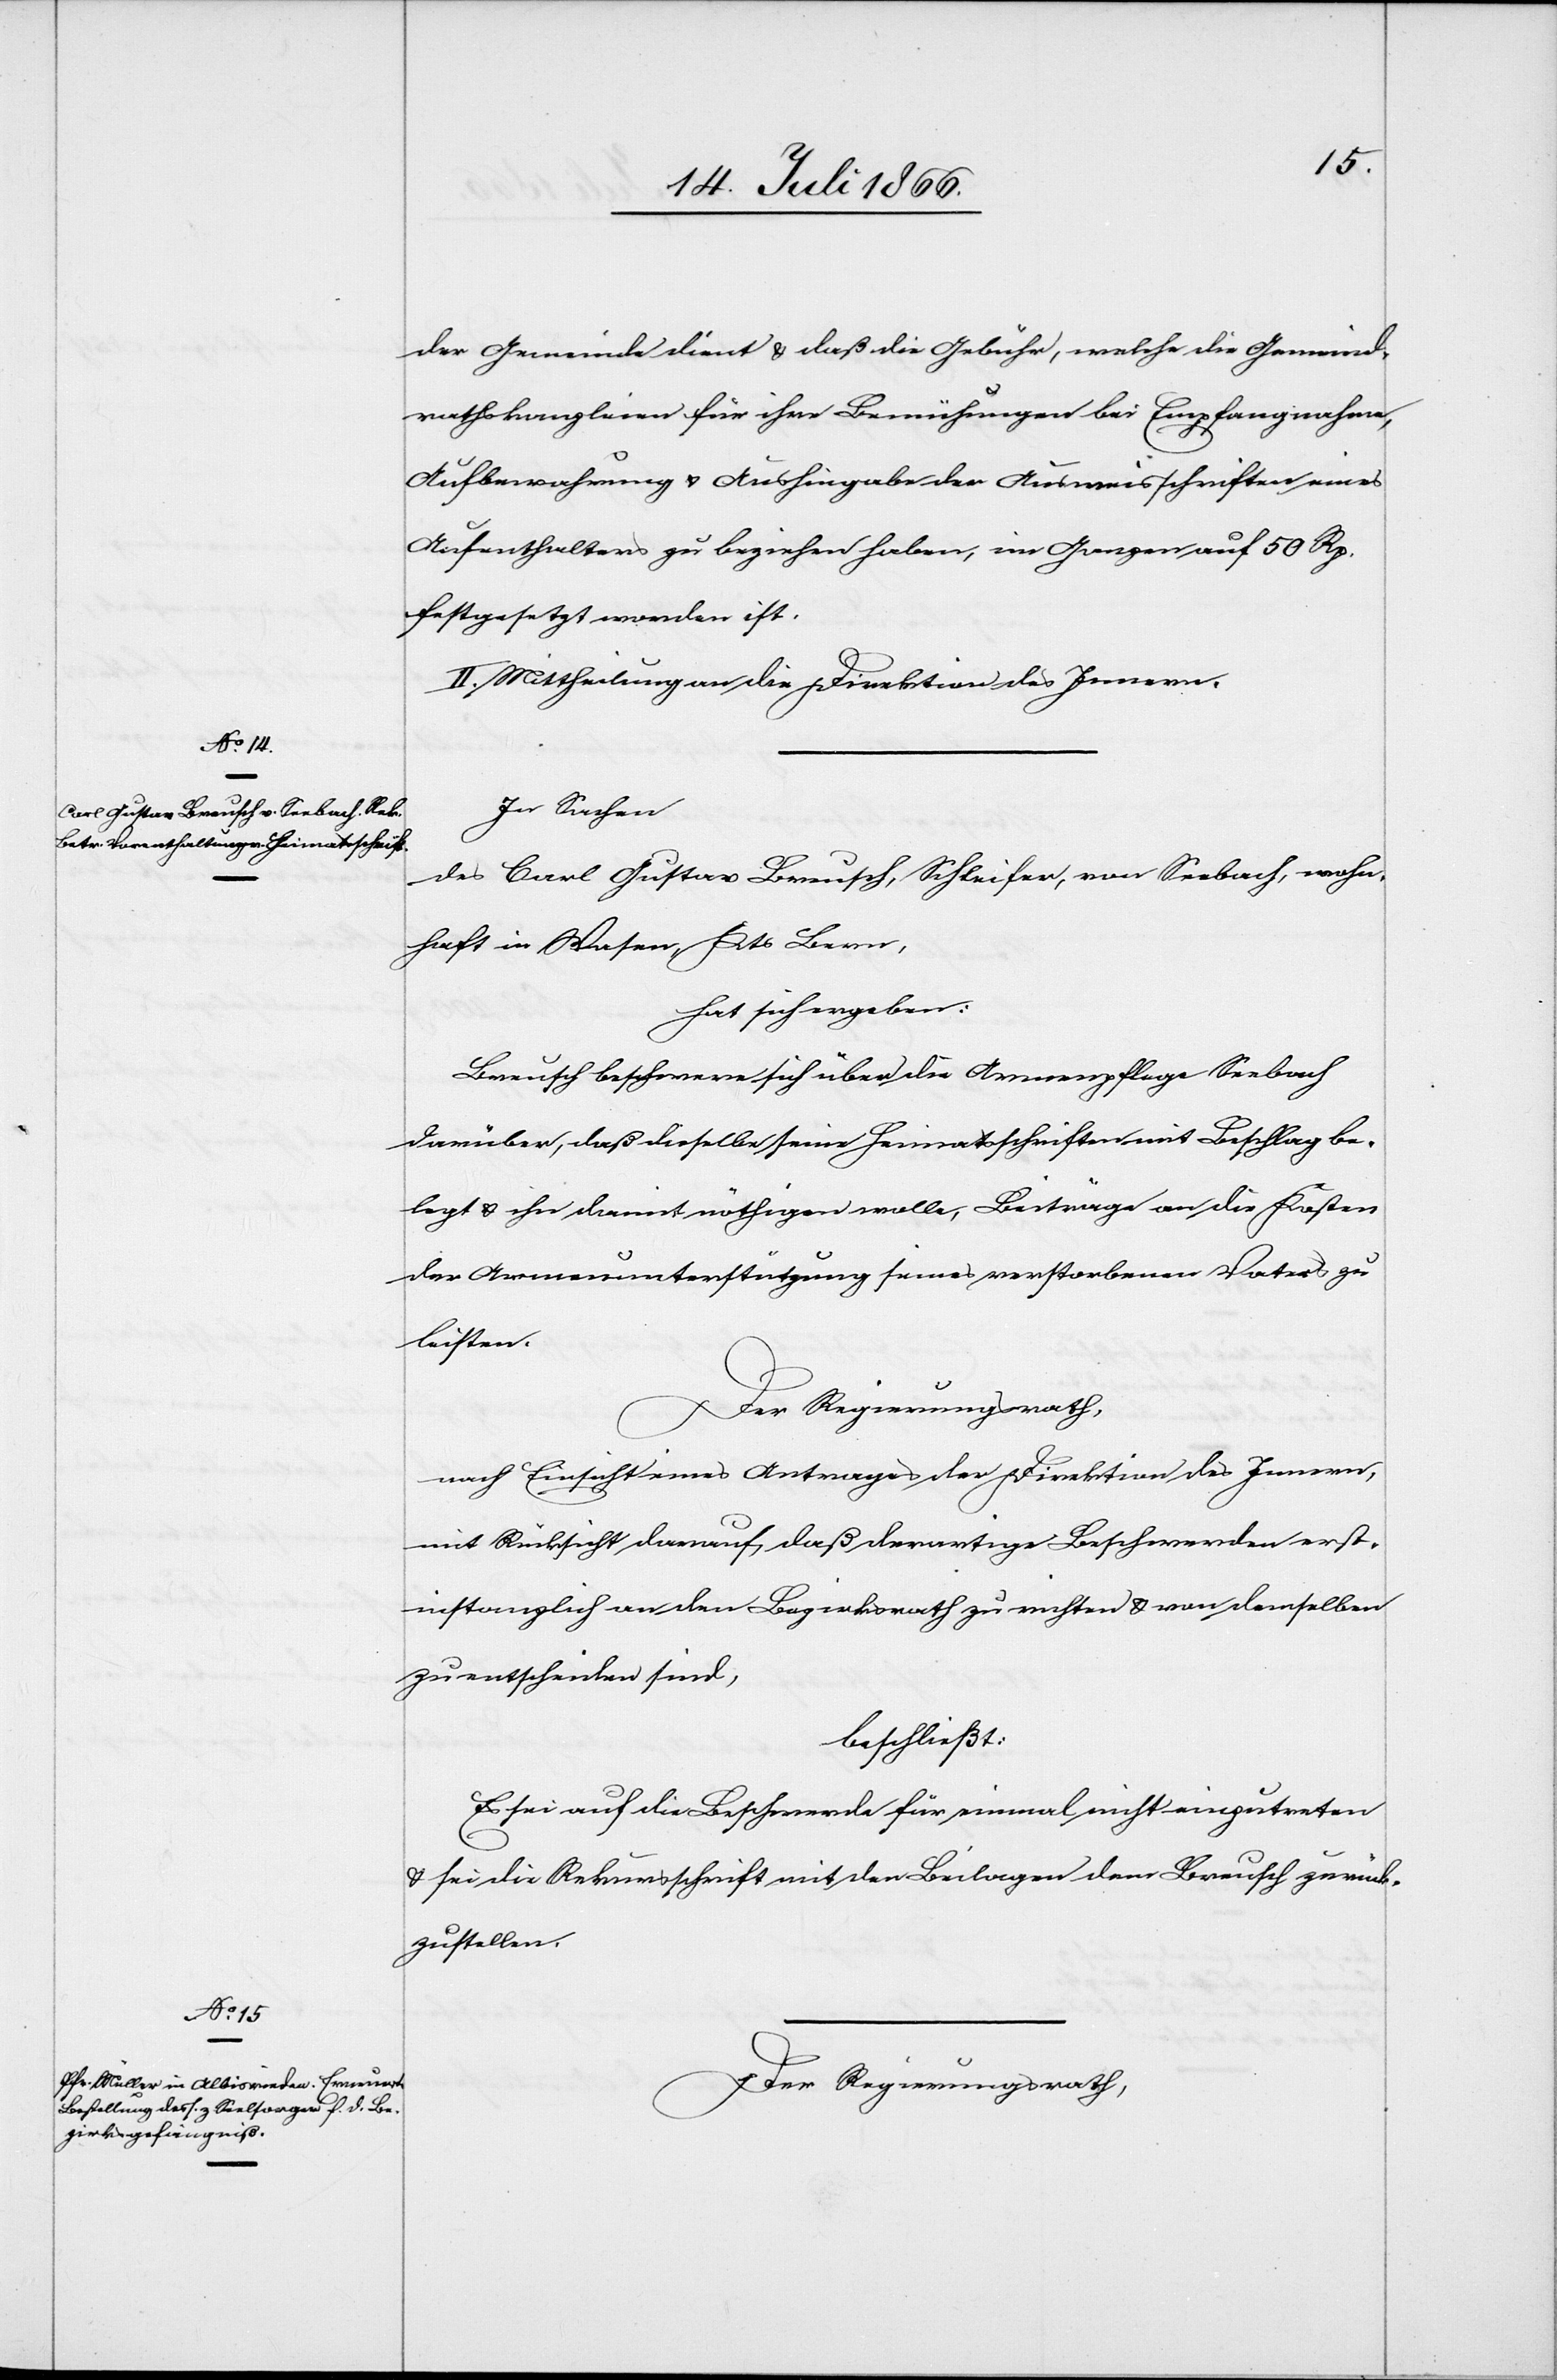
In Sachen
des Carl Gustav Breusch, Schleifer, von Seebach, wohn¬
haft in Wasen, Kts. Bern,
hat sich ergeben:
Breusch beschwert sich über die Armenpflege Seebach
belegt u. ihn damit nöthigen wolle, Beiträge an die Kosten
der Armenunterstützung seines verstorbenen Vaters zu
leisten.
Der Regierungsrath,
nach Einsicht eines Antrages der Direktion des Innern,
mit Rücksicht darauf, daß derartige Beschwerden erst¬
instanzlich an den Bezirksrath zu richten u. von demselben
zu entscheiden sind,
beschließt:
Es sei auf die Beschwerde für einmal nicht einzutreten
u. sei die Rekursschrift mit den Beilagen dem Breusch zurück¬
zustellen.
Der Regierungsrath,